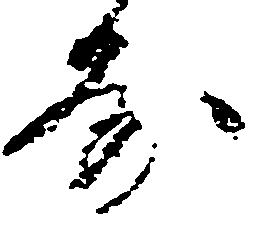
房